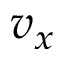
v _ { x }